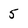
Character: 5